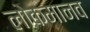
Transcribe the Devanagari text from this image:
लोकमानव